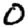
Digit: 0